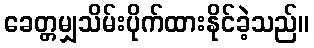
ခေတ္တမျှသိမ်းပိုက်ထားနိုင်ခဲ့သည်။